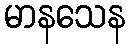
မာနသေန